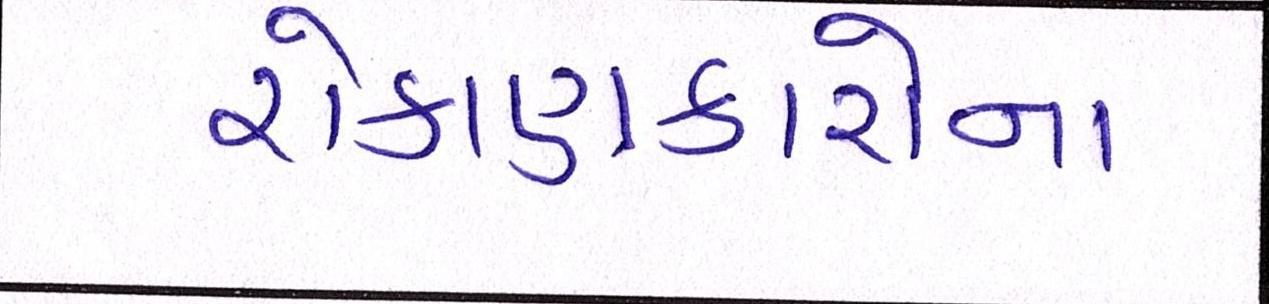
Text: રોકાણકારોના